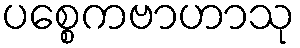
ပစ္စေကဗာဟာသု